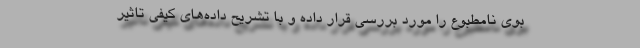
بوی نامطبوع را مورد بررسی قرار داده و با تشریح داده‌های کیفی تاثیر